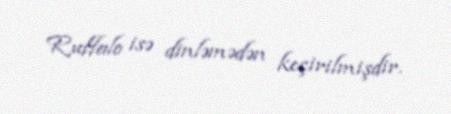
Ruffalo isə dinləmədən keçirilmişdir.